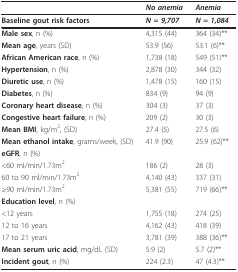
|  | No anemia | Anemia |
 | --- | --- | --- |
 | Baseline gout risk factors | N = 9,707 | N = 1,084 |
 | Male sex, n (%) | 4,315 (44) | 364 (34)** |
 | Mean age, years (SD) | 53.9 (56) | 53.1 (6)** |
 | African American race, n (%) | 1,738 (18) | 549 (51)** |
 | Hypertension, n (%) | 2,878 (30) | 344 (32) |
 | Diuretic use, n (%) | 1,478 (15) | 160 (15) |
 | Diabetes, n (%) | 834 (9) | 94 (9) |
 | Coronary heart disease, n (%) | 304 (3) | 37 (3) |
 | Congestive heart failure, n (%) | 209 (2) | 30 (3) |
 | Mean BMI, kg/m2, (SD) | 27.4 (5) | 27.5 (6) |
 | Mean ethanol intake, grams/week, (SD) | 41.9 (90) | 25.9 (62)** |
 | eGFR, n (%) |  |  |
 | <60 ml/min/1.73m2 | 186 (2) | 28 (3) |
 | 60 to 90 ml/min/1.73m2 | 4,140 (43) | 337 (31) |
 | ≥90 ml/min/1.73m2 | 5,381 (55) | 719 (66)** |
 | Education level, n (%) |  |  |
 | <12 years | 1,755 (18) | 274 (25) |
 | 12 to 16 years | 4,162 (43) | 418 (39) |
 | 17 to 21 years | 3,781 (39) | 388 (36)** |
 | Mean serum uric acid, mg/dL (SD) | 5.9 (2) | 5.7 (2)** |
 | Incident gout, n (%) | 224 (2.3) | 47 (4.3)** |